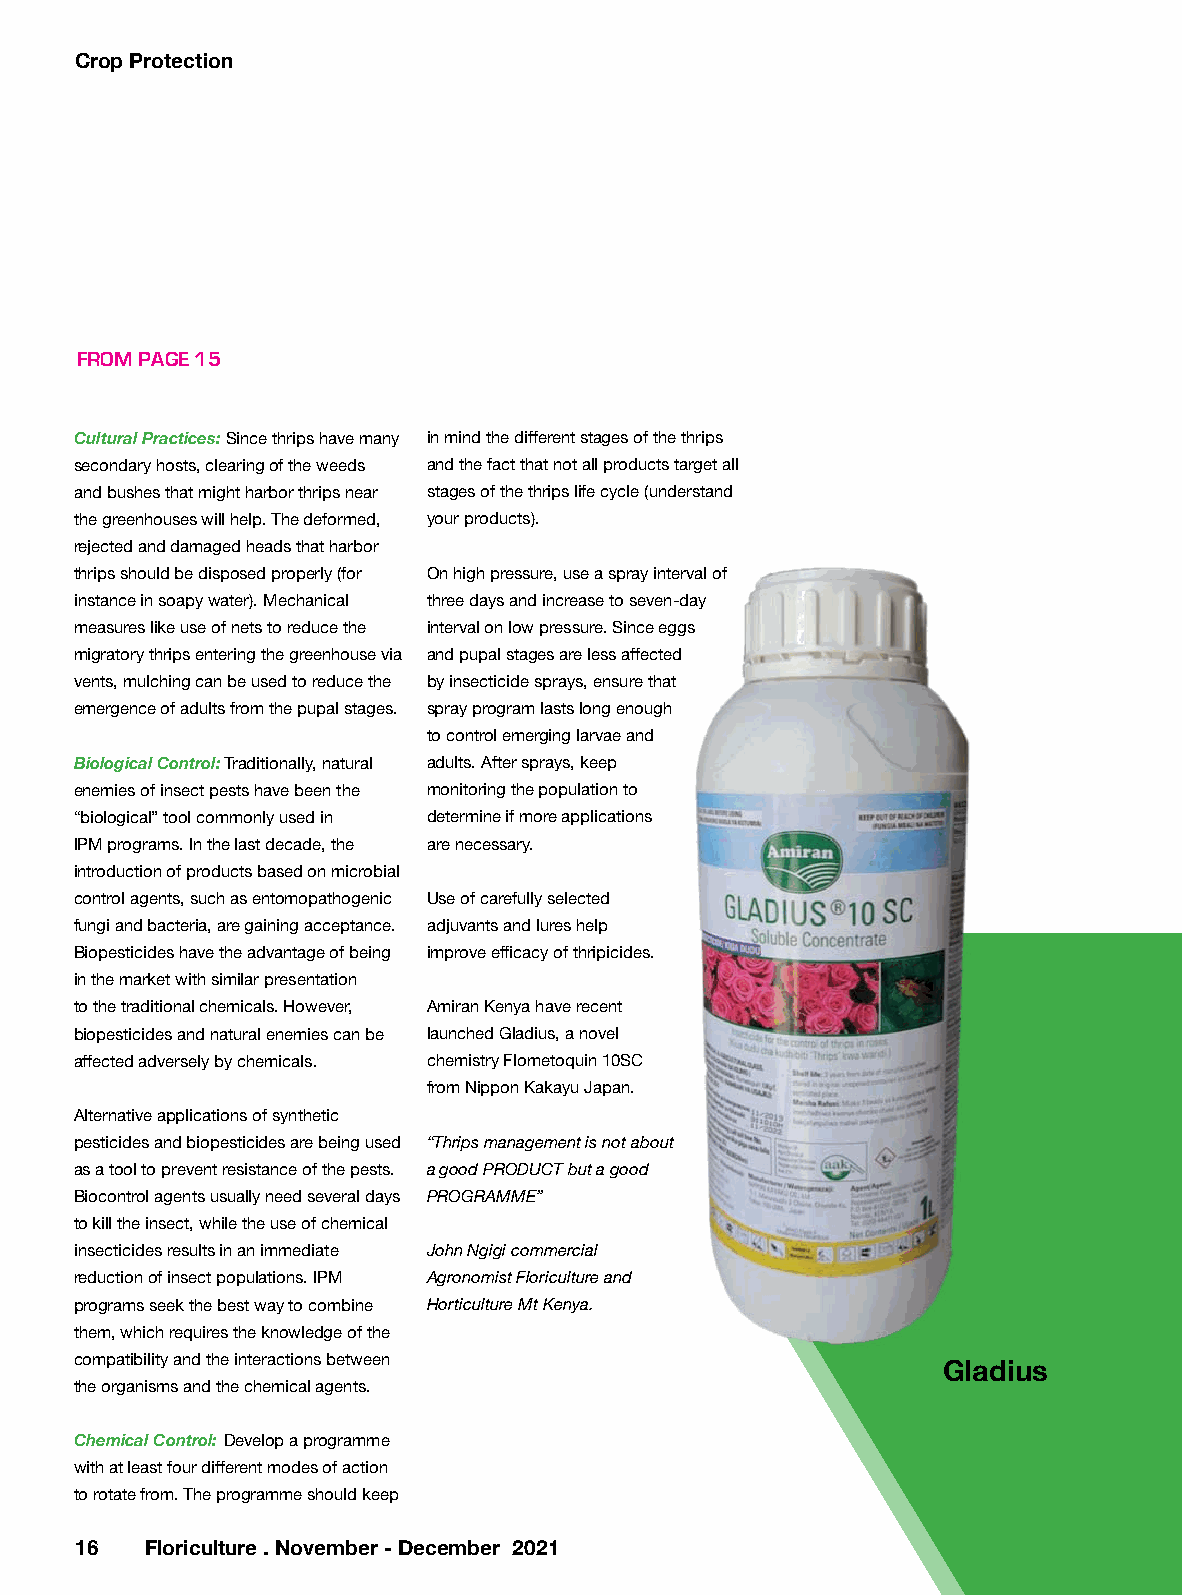
Crop Protection
 FROM PAGE 15
 Cultural Practices: Since thrips have many in mind the different stages of the thrips
 secondary hosts, clearing of the weeds and the fact that not all products target all
 and bushes that might harbor thrips near stages of the thrips life cycle (understand
 the greenhouses will help. The deformed, your products).
 rejected and damaged heads that harbor
 thrips should be disposed properly (for On high pressure, use a spray interval of
 instance in soapy water). Mechanical three days and increase to seven-day
 measures like use of nets to reduce the interval on low pressure. Since eggs
 migratory thrips entering the greenhouse via and pupal stages are less affected
 vents, mulching can be used to reduce the by insecticide sprays, ensure that
 emergence of adults from the pupal stages. spray program lasts long enough
 to control emerging larvae and
 Biological Control: Traditionally, natural adults. After sprays, keep
 enemies of insect pests have been the monitoring the population to
 “biological” tool commonly used in determine if more applications
 IPM programs. In the last decade, the are necessary.
 introduction of products based on microbial
 control agents, such as entomopathogenic Use of carefully selected
 fungi and bacteria, are gaining acceptance. adjuvants and lures help
 Biopesticides have the advantage of being improve efficacy of thripicides.
 in the market with similar presentation
 to the traditional chemicals. However, Amiran Kenya have recent
 biopesticides and natural enemies can be launched Gladius, a novel
 affected adversely by chemicals. chemistry Flometoquin 10SC
 from Nippon Kakayu Japan.
 Alternative applications of synthetic
 pesticides and biopesticides are being used “Thrips management is not about
 as a tool to prevent resistance of the pests. a good PRODUCT but a good
 Biocontrol agents usually need several days PROGRAMME”
 to kill the insect, while the use of chemical
 insecticides results in an immediate John Ngigi commercial
 reduction of insect populations. IPM Agronomist Floriculture and
 programs seek the best way to combine Horticulture Mt Kenya.
 them, which requires the knowledge of the
 compatibility and the interactions between
 Gladius
 the organisms and the chemical agents.
 Chemical Control: Develop a programme
 with at least four different modes of action
 to rotate from. The programme should keep
 1 6  Floriculture . November - December 2021